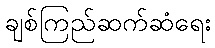
ချစ်ကြည်ဆက်ဆံရေး